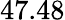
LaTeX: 47.48